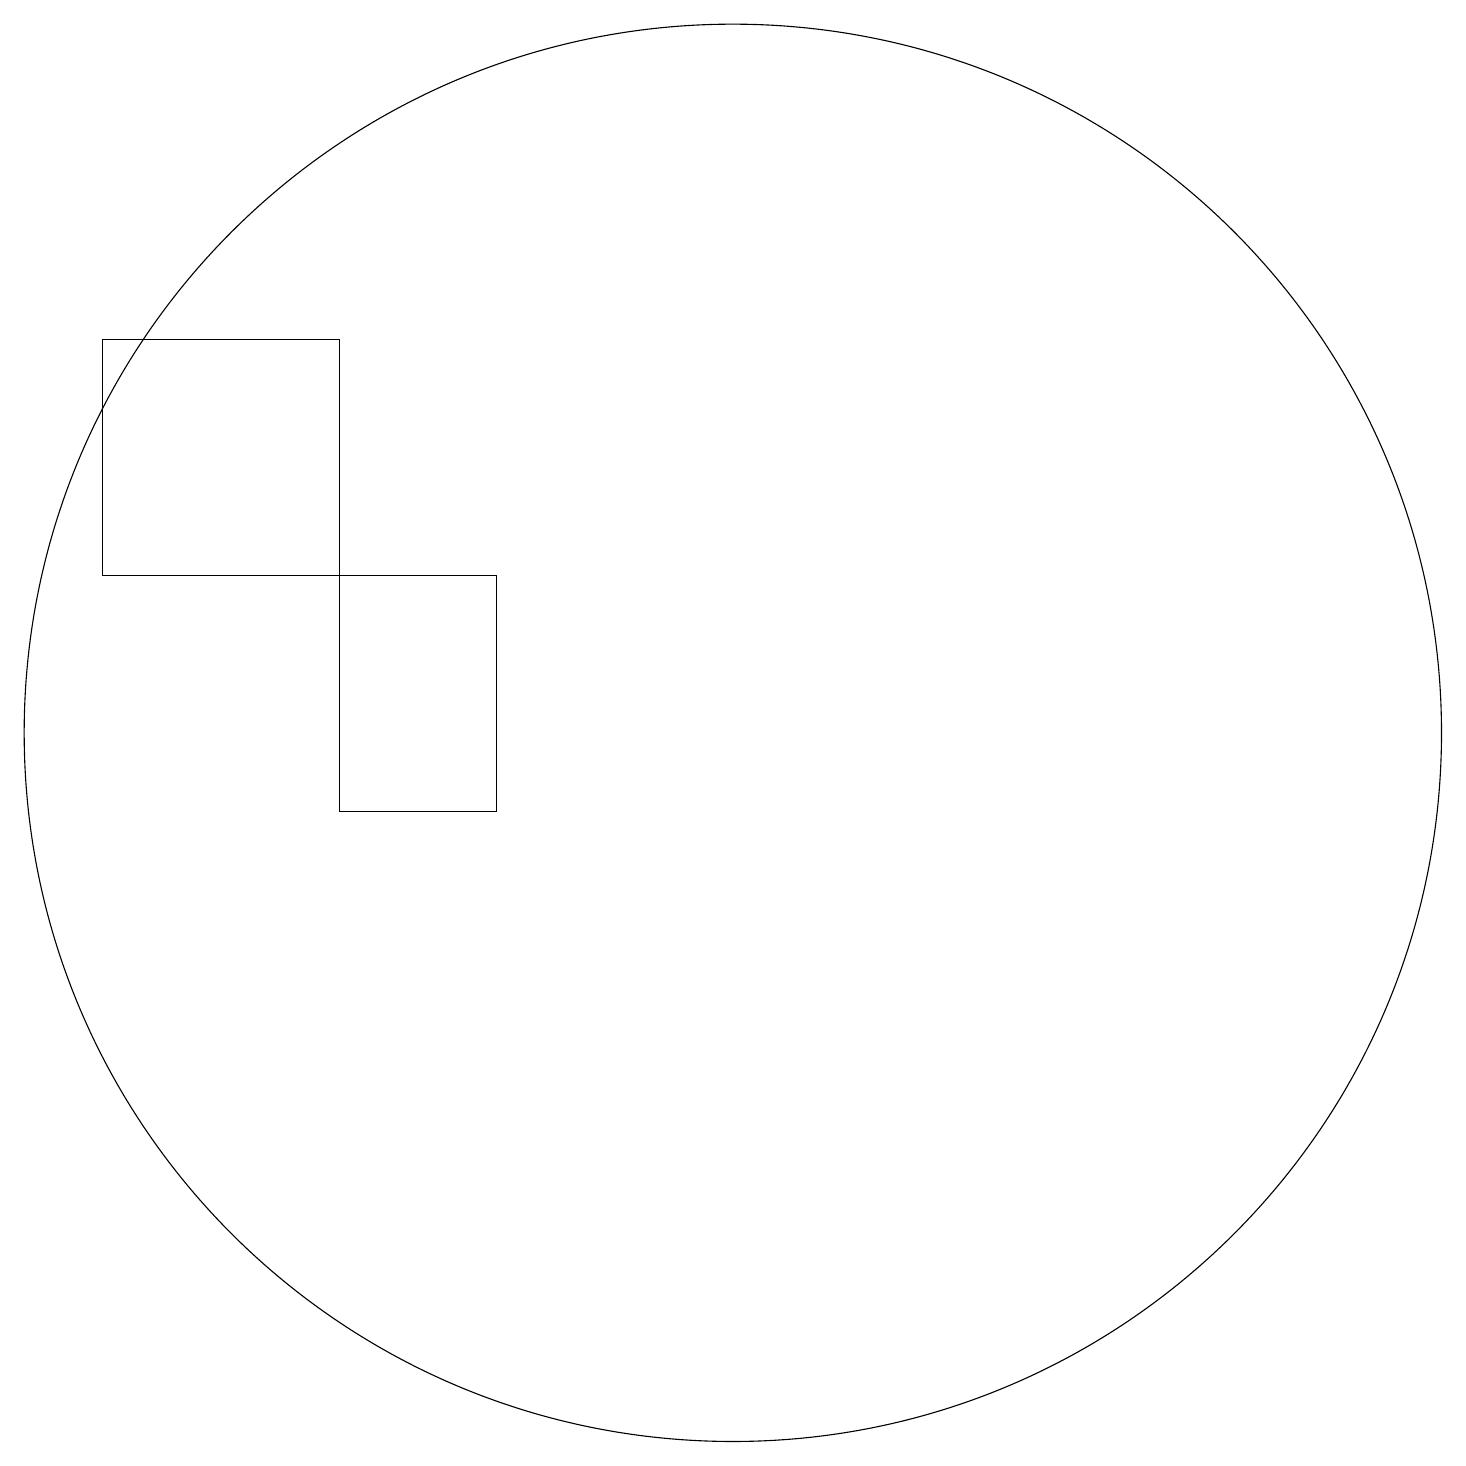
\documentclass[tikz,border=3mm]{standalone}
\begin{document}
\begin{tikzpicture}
\draw (5,13) rectangle (7,10);
\draw (5,13) rectangle (2,16);
\draw (10,11) circle (9);
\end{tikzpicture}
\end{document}